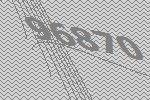
96870